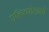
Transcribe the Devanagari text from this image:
एलियनेशनचे